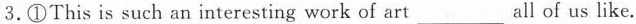
3.①This is such an interesting work of art ___ all of us like.